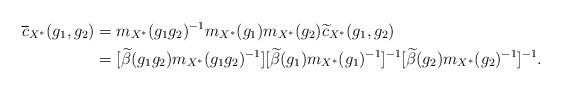
LaTeX: \begin{align*}\overline{c}_{X^{\ast}}(g_1, g_2)&=m_{X^{\ast}}(g_1g_2)^{-1} m_{X^{\ast}}(g_1) m_{X^{\ast}}(g_2) \widetilde{c}_{ {X^{\ast}}}(g_1,g_2)\\&=[ \widetilde{\beta}(g_1g_2)m_{X^{\ast}}(g_1g_2)^{-1}] [ \widetilde{\beta}(g_1)m_{X^{\ast}}(g_1)^{-1}]^{-1} [\widetilde{\beta}(g_2)m_{X^{\ast}}(g_2)^{-1}]^{-1}.\end{align*}